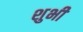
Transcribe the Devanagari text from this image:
शुभी